Paatsalu_vallavalitsus, lk 37
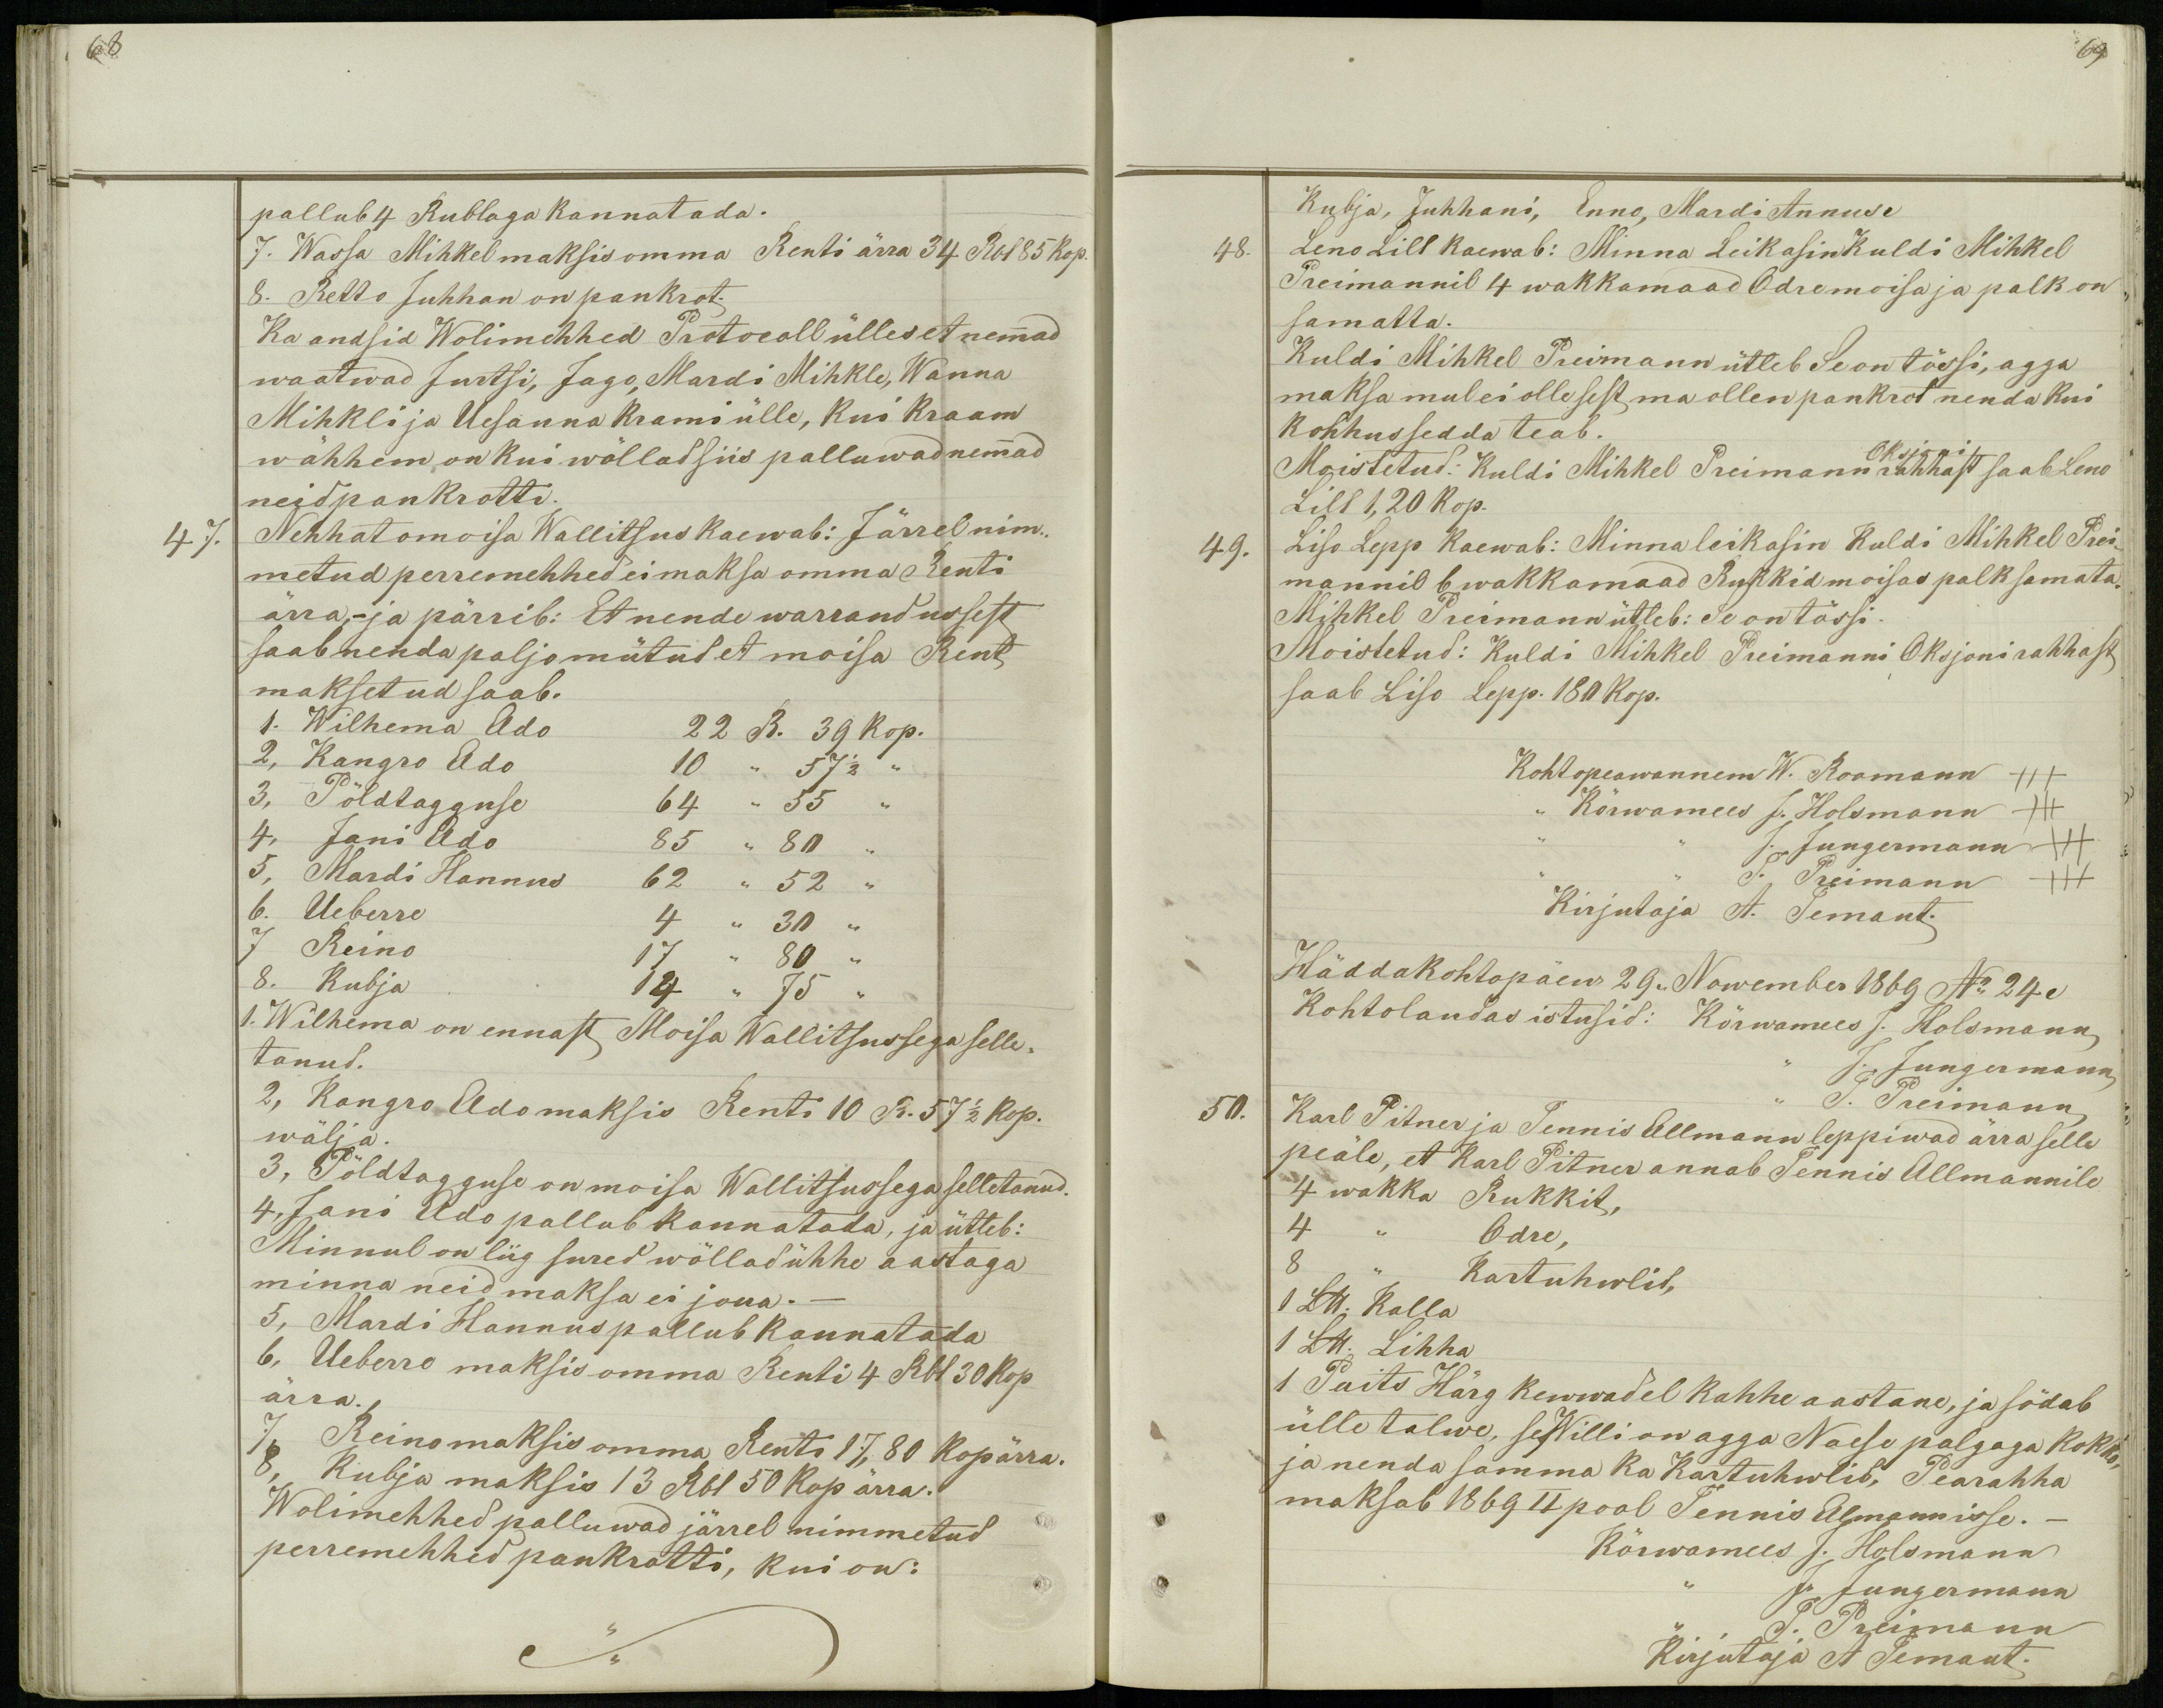
68

69.

pallub 4 Rublaga kannatada.
7. Wassa Mihkel maksis omma Renti ärra 34 Rbl 85 kop.
8. Retto Juhhan on pankrot.
Ka andsid Wolimehhed Protocoll ülles et nemmad
waatwad Jurtsi, Jago, Mardi Mihkle, Wanna
Mihkli ja Uesauna Krami ülle, kui Kraam
wähhem on kui wõllad siis palluwad nemmad
neid pankrotti.
47.
Nehhatomoisa Wallitsus kaewab: Järrel nim-
metud perremehhed ei maksa omma Renti
ärra,- ja pärrib: Et nende warrandussest
saab nenda paljo mütud et moisa Rent
maksetud saab.
1. Wilhema Ado 22 R. 39 kop.
2, Kangro Ado 10 ,, 57 1/2 ,,
3, Põldtagguse 64 ,, 55 ,,
4, Jani Ado 85 ,, 80 ,,
5, Mardi Hanns 62 ,, 52 ,,
6. Ueberre 4 ,, 30 ,,
7 Reino 17 ,, 80 ,,
8. Kubja 14 ,, 75 ,,
1. Wilhema on ennast Moisa Wallitsussega selle-
tanud.
2, Kangro Ado maksis Renti 10 R. 57 1/2 kop.
wälja.
3, Põldtagguse on moisa Wallitsusega selletanud.
4, Jani Ado pallub kannatada, ja ütleb:
Minnul on liig sured wõllad ühhe aastaga
minna neid maksa ei joua.-
5, Mardi Hannus pallub kannatada
6, Ueberro maksis omma Renti 4 Rbl 30 kop
ärra.
7, Reino maksis omma Renti 17,80 kop ärra.
8, Kubja maksis 13 Rbl 50 kop ärra.
Wolimehhed palluwad järrel nimmetud
perremehhed pankrotti, kui on:

Kubja, Juhhani, Enno, Mardi Annuse
48.
Leno Lill kaewab: Minna Leikasin Kuldi Mihkel
Preimannil 4 wakkamaad Odre moisa ja palk on
samatta.
Kuldi Mihkel Preimann ütleb Se on tõssi, agga
maksa mul ei olle sest ma ollen pankrot nenda kui
kohhus sedda teab.
Oksjoni
Moistetud: Kuldi Mihkel Preimann rahhast saab Leno
Lill 1,20 kop.
49.
Liso Lepp kaewab: Minna leikasin Kuldi Mihkel Prei-
mannil 6 wakkamaad Rukkid moisas palk samata.
Mihkel Preimann ütleb: Se on tõssi.
Moistetud: Kuldi Mihkel Preimanni Oksjoni rahhast
saab Liso Lepp. 180 kop.
Kohtopeawannem W. Roomann +++
,, Kõrwamees J. Holsmann +++
,, ,, J. Jungermann +++
J. Preimann +++
Kirjutaja A. Temant.
Häddakohtopäew 29,, Nowember 1869 No 24.
Kohtolaudas istusid: Kõrwamees J. Holsmann
J. Jungermann
J. Preimann
50.
Karl Pitner ja Tennis Allmann leppiwad ärra selle
peäle, et Karl Pitner annab Tennis Allmannile
4 wakka Rukkit.
4 ,, Odre,
8 ,, Kartuhwlid,
1 Llb. Kalla
1 Llb. Lihha
1 Paits Härg kewwadel kahhe aastane, ja södab
ülle talwe, se Willi on agga Naese palgaga kokko,
ja nenda samma ka Kartuhwlid, Pearahha
maksab 1869 II pool Tennis Almann isse.-
Kõrwamees J. Holsmann
J. Jungermann
,,  J. Preimann
Kirjutaja A Temant.